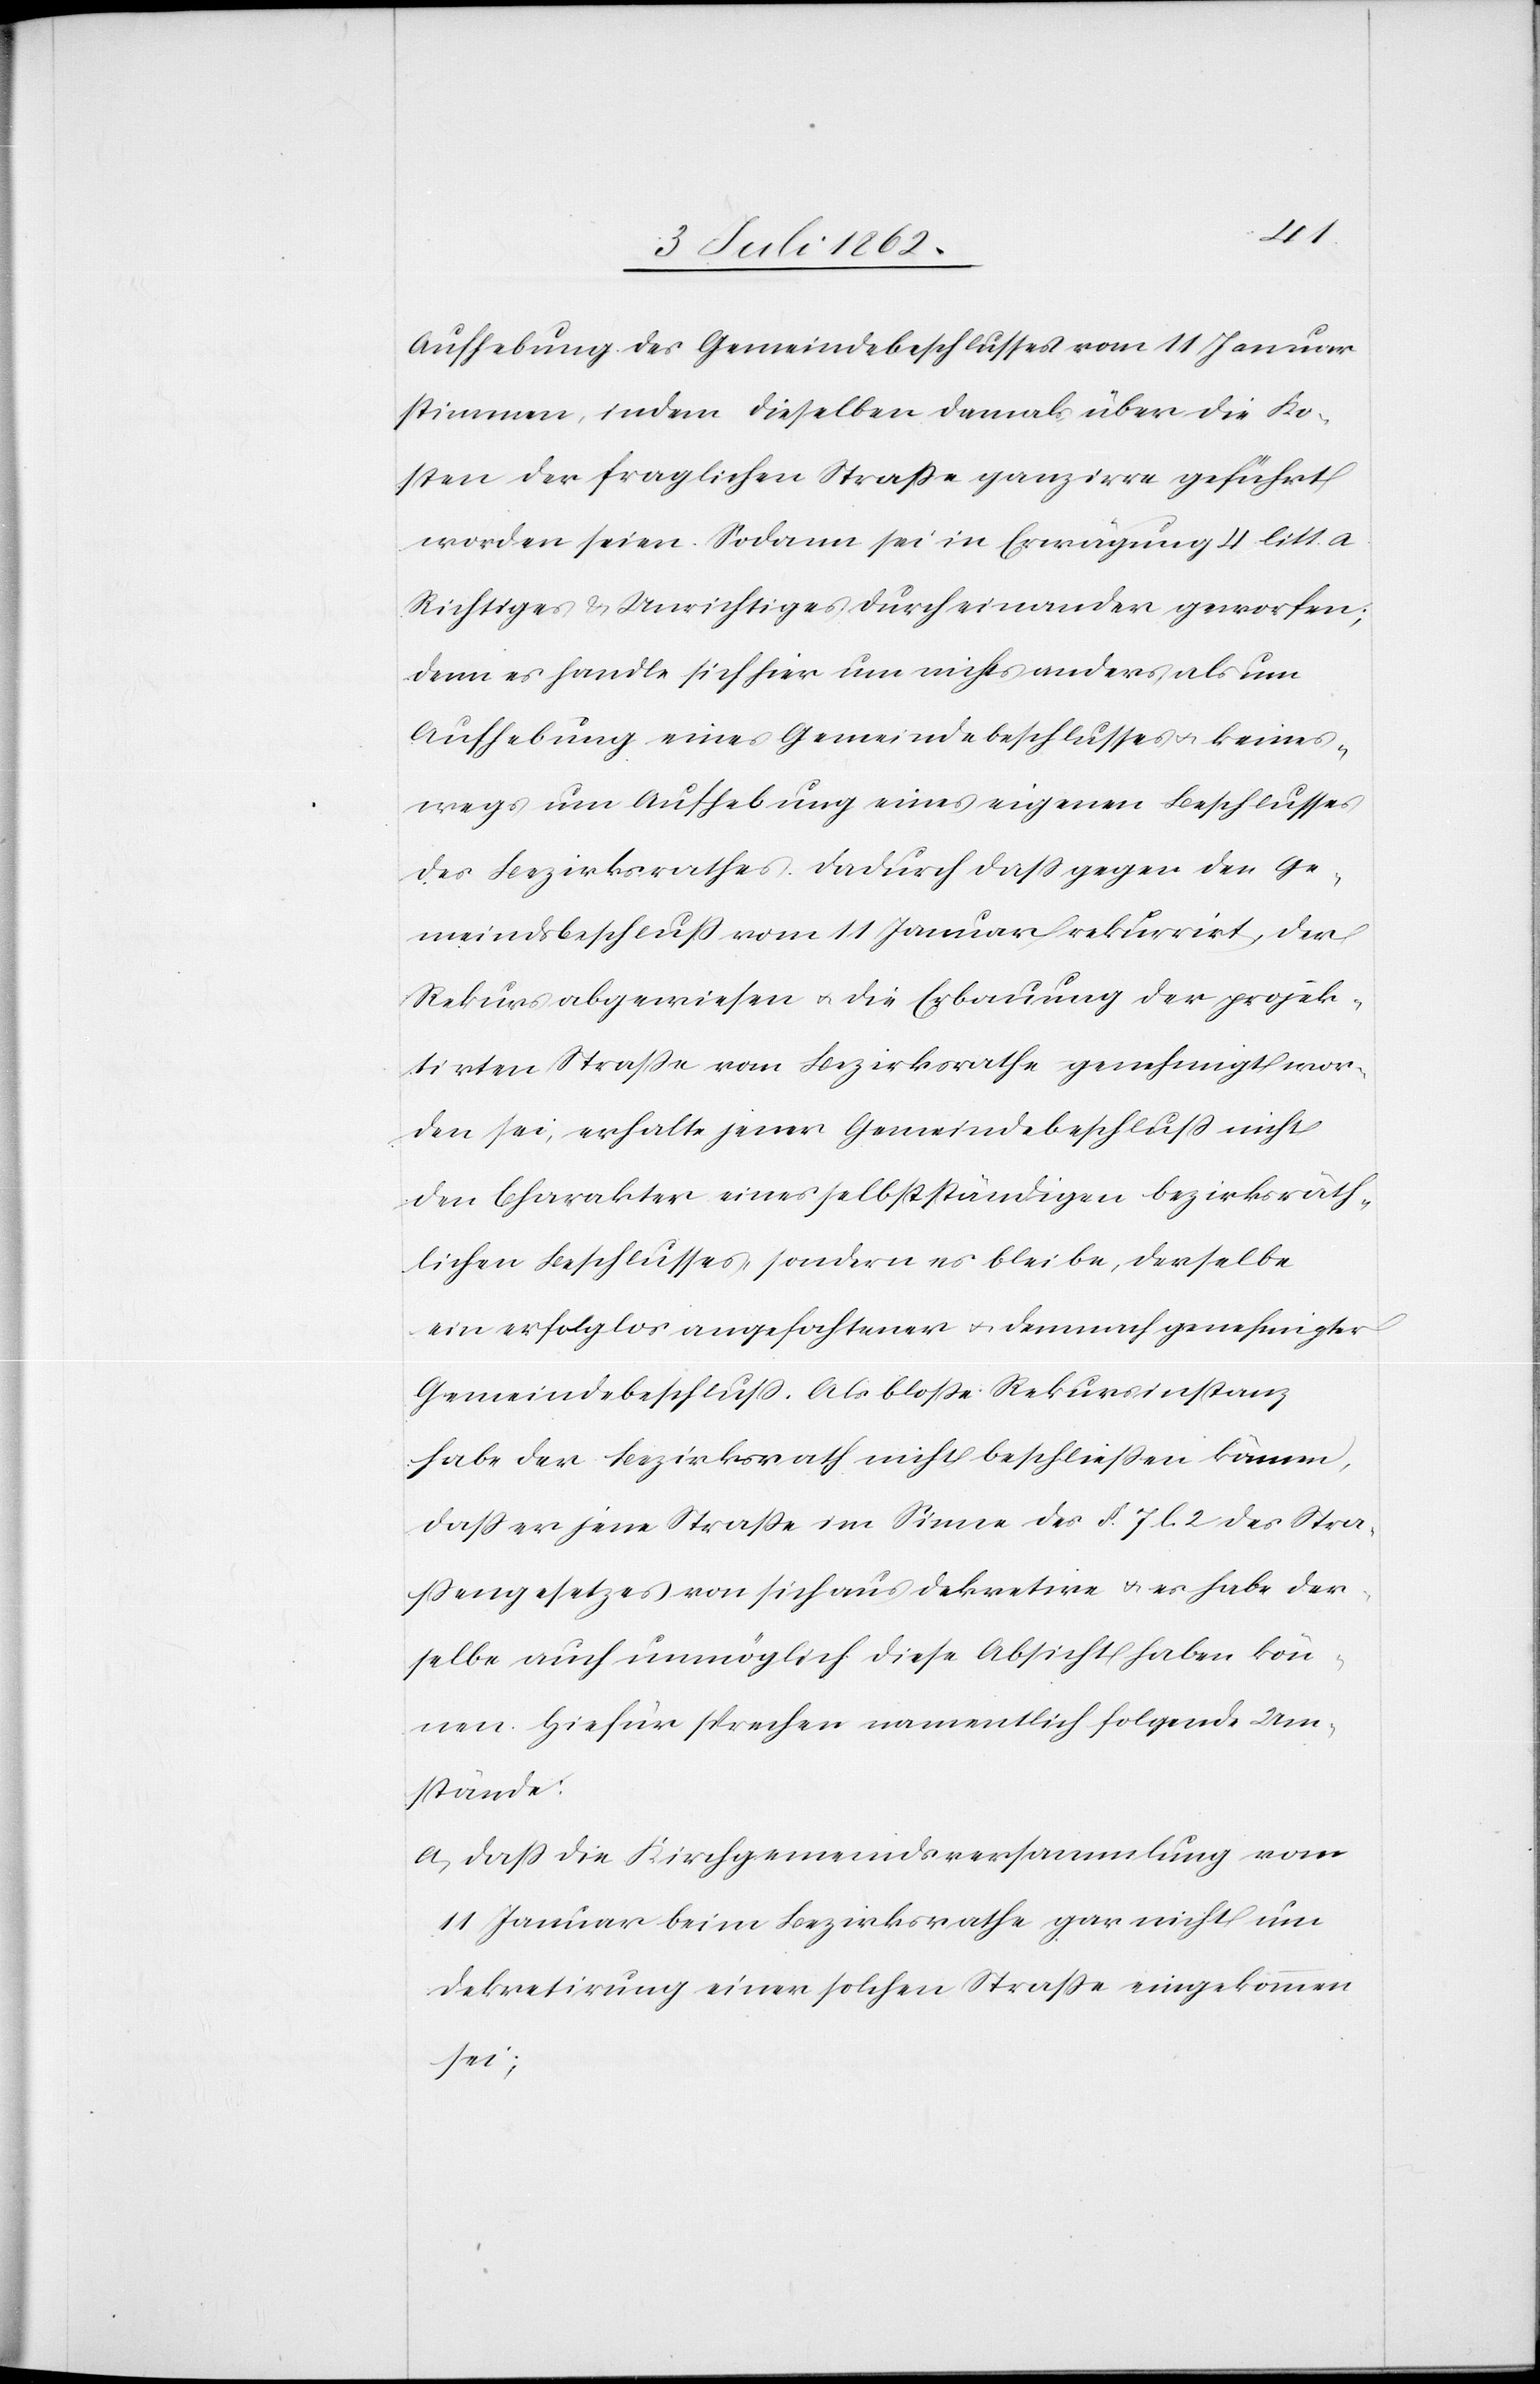
Aufhebung des Gemeindebeschlusses vom 11 Januar
stimmen, indem dieselben damals über die Ko¬
sten der fraglichen Straße ganz irre geführt
worden seien. Sodann sei in Erwägung 4 litt. a
Richtiges u. Unrichtiges durch einander geworfen;
denn es handle sich hier um nichts anders als um
Aufhebung eines Gemeindebeschlusses u. keines¬
wegs um Aufhebung eines eigenen Beschlusses
des Bezirksrathes. Dadurch daß gegen den Ge¬
meindsbeschluß vom 11 Januar rekurrirt, der
Rekurs abgewiesen u. die Erbauung der projek¬
tirten Straße vom Bezirksrathe genehmigt wor¬
den sei, erhalte jener Gemeindebeschluß nicht
den Charakter eines selbständigen bezirksräth¬
lichen Beschlusses, sondern es bleibe derselbe
ein erfolglos angefochtener u. demnach genehmigter
Gemeindebeschluß. Als bloße Rekursinstanz
habe der Bezirksrath nicht beschließen können,
daß er jene Straße im Sinne des § 7 l. 2 des Stra¬
ßengesetzes von sich aus dekretire u. es habe der¬
selbe auch unmöglich diese Absicht haben kön¬
nen. Hiefür sprechen namentlich folgende Um¬
stände:
a. Daß die Kirchgemeindsversammlung vom
11 Januar beim Bezirksrathe gar nicht um
Dekretirung einer solchen Straße eingekommen
sei;